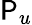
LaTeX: \mathsf{P}_{u}